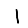
Digit: 1